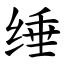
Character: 缍